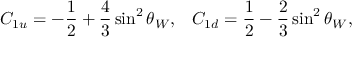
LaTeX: C _ { 1 u } = - \frac { 1 } { 2 } + \frac { 4 } { 3 } \sin ^ { 2 } \theta _ { W } , \; \; \; C _ { 1 d } = \frac { 1 } { 2 } - \frac { 2 } { 3 } \sin ^ { 2 } \theta _ { W } ,